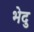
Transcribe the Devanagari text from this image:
भेदु